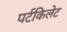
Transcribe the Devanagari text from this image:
पर्टकिलेट